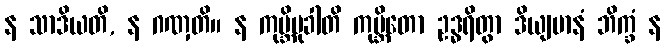
န သာဒိယတိ, န ဂဏှတိ။ န ကုမ္ဘိမုခါတိ ကုမ္ဘိတော ဥဒ္ဓရိတွာ ဒိယျမာနံ ဘိက္ခံ န